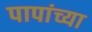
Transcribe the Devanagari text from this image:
पापांच्या